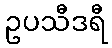
ဥပသီဒရီ